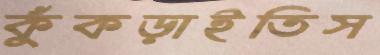
কুঁকড়াইতিস